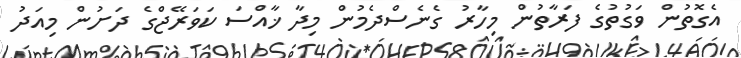
އެގޮތުން ވަގުތުގެ ފަރާތުން މިހާރު ގެނެސްދެމުން މިދާ ޚާއްސަ ކަވަރޭޖްގެ ދަށުން މިއަދު